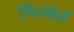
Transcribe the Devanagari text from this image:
फिश्बर्न